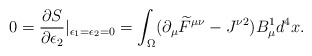
\begin{align*}0=\frac{\partial S}{\partial\epsilon_2}|_{\epsilon_1=\epsilon_2=0}=\int_\Omega(\partial_\mu \widetilde{F}^{\mu\nu}-J^{\nu 2})B_\mu^1d^4x.\end{align*}